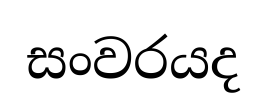
සංවරයද